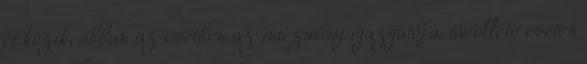
érkezik, abban az esetben az intézmény igazgatója, távolléte esetén